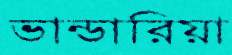
ভান্ডারিয়া